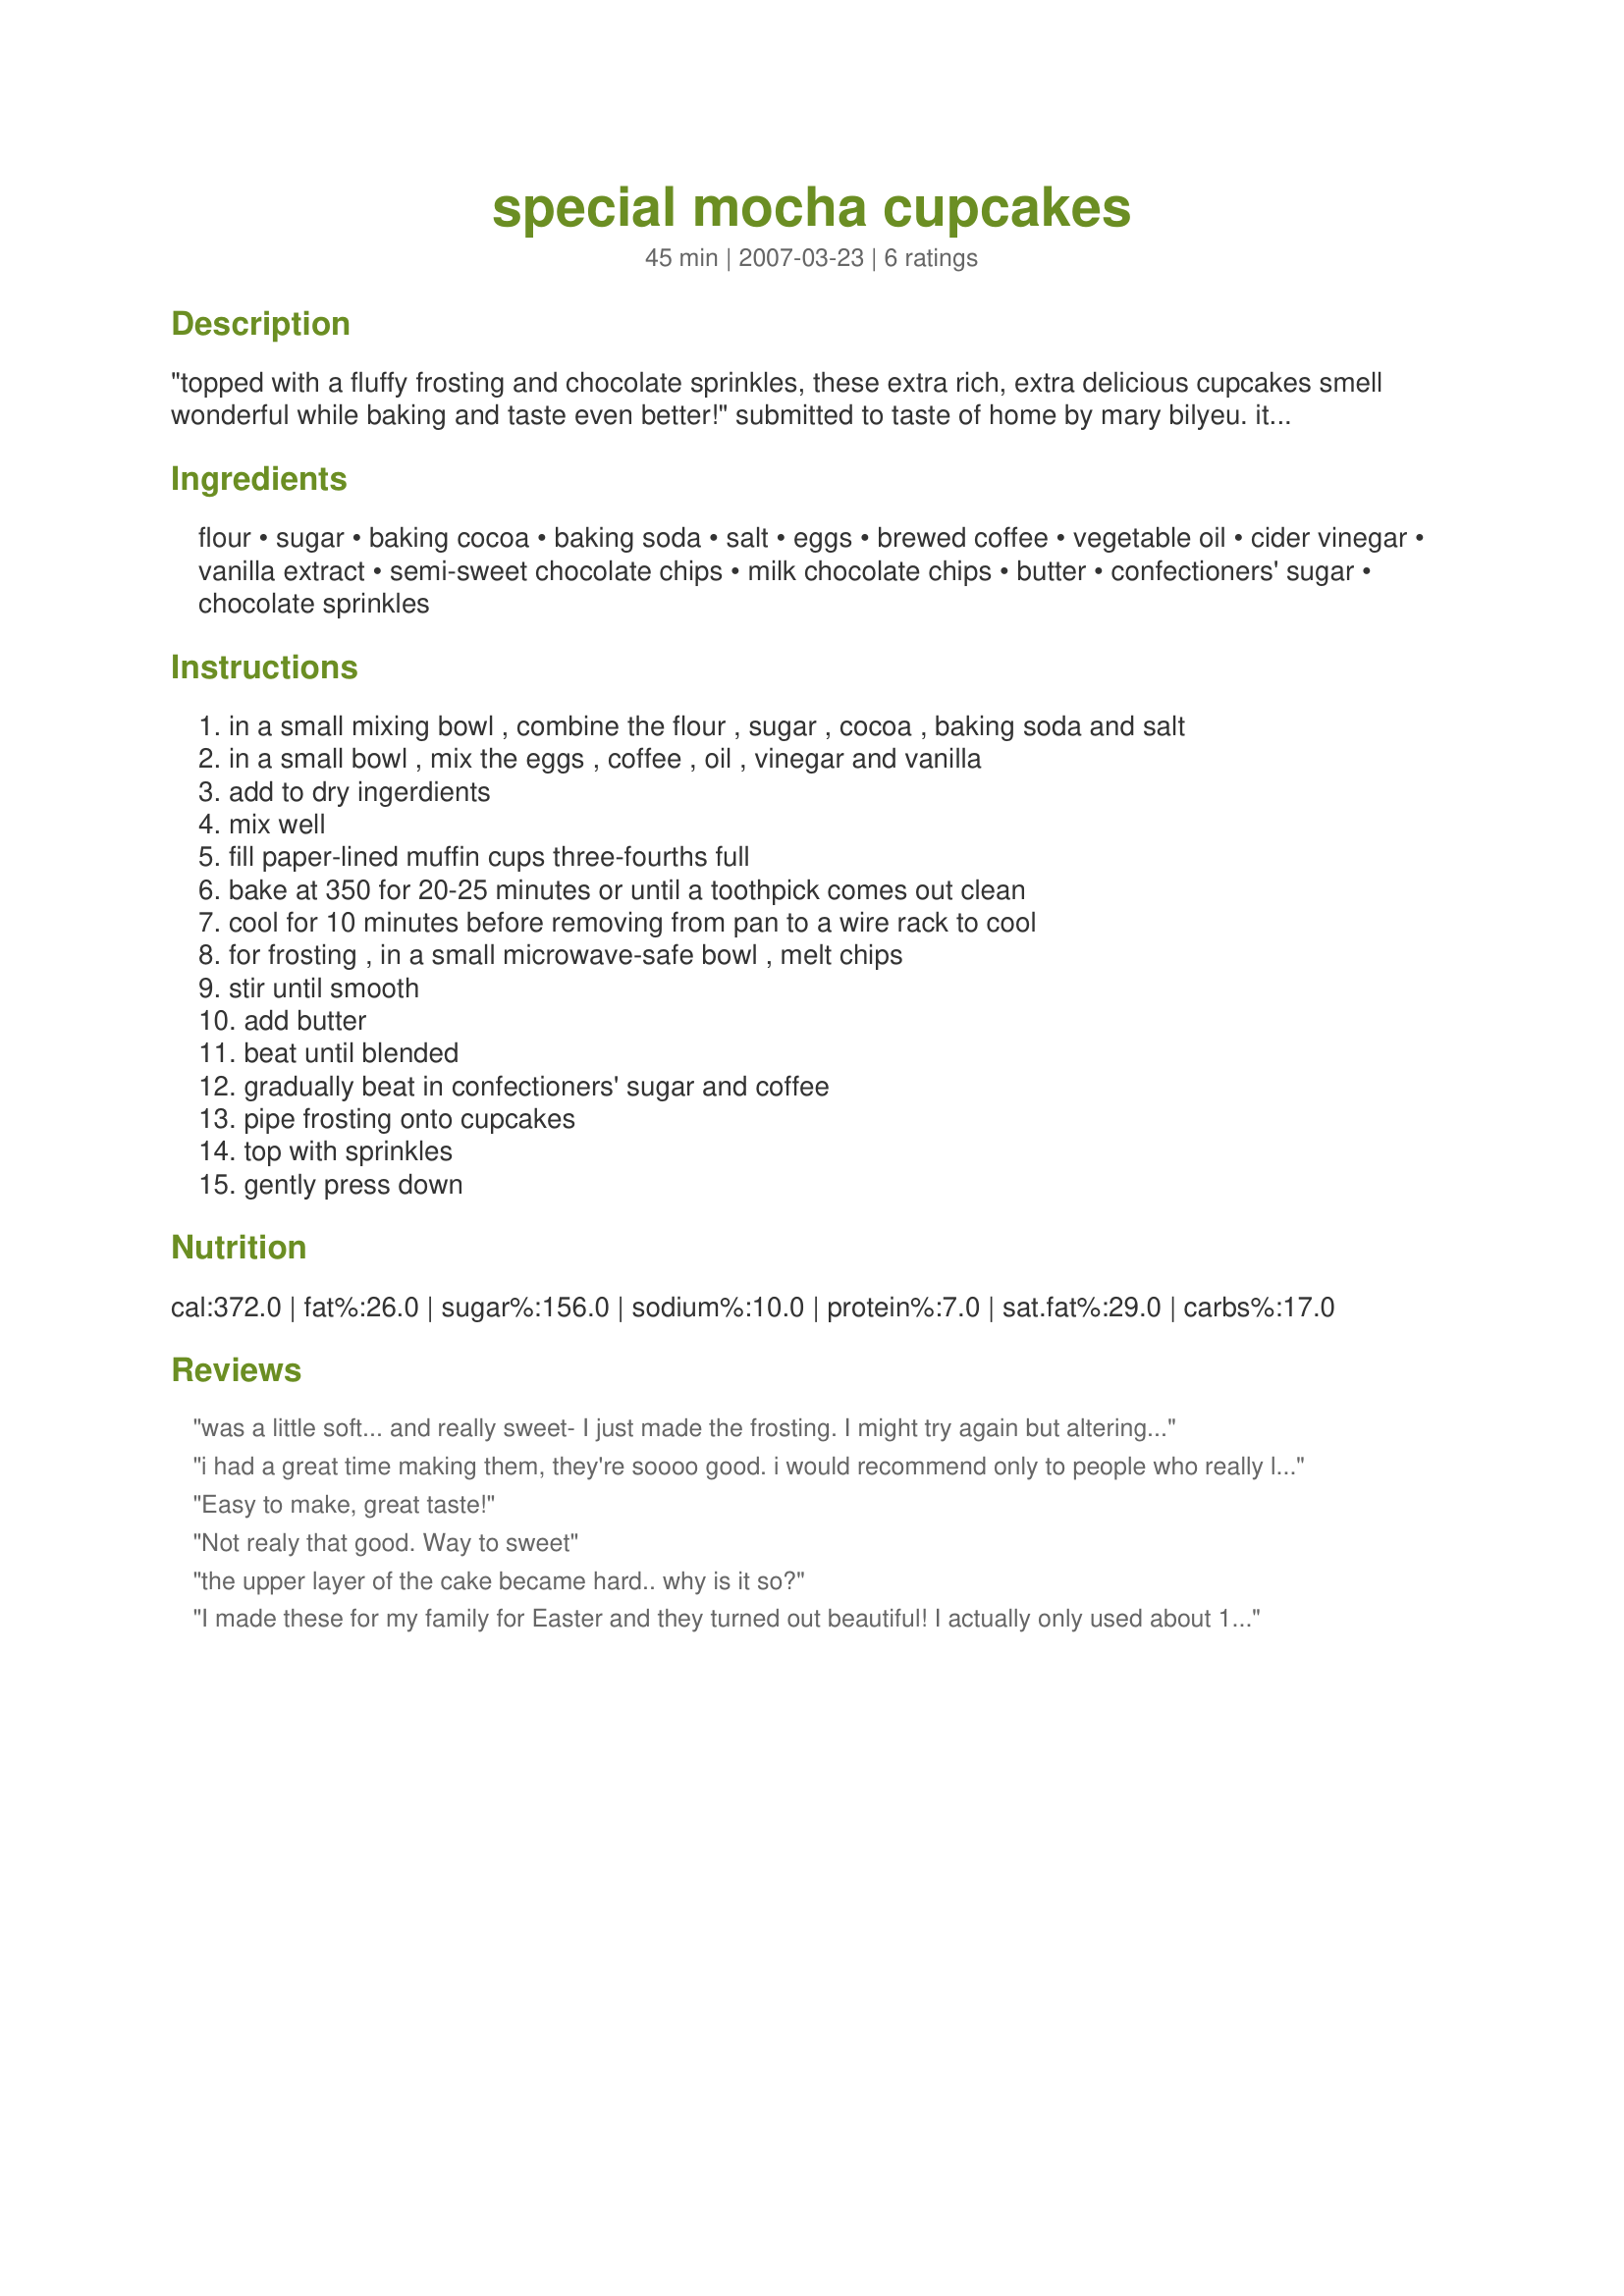
special mocha cupcakes
Preparation time: 45 minutes

"topped with a fluffy frosting and chocolate sprinkles, these extra rich, extra delicious cupcakes smell wonderful while baking and taste even better!" submitted to taste of home by mary bilyeu. it won first place in a cupcake contest!

Ingredients:
flour, sugar, baking cocoa, baking soda, salt, eggs, brewed coffee, vegetable oil, cider vinegar, vanilla extract, semi-sweet chocolate chips, milk chocolate chips, butter, confectioners' sugar, chocolate sprinkles

Steps:
in a small mixing bowl , combine the flour , sugar , cocoa , baking soda and salt
in a small bowl , mix the eggs , coffee , oil , vinegar and vanilla
add to dry ingerdients
mix well
fill paper-lined muffin cups three-fourths full
bake at 350 for 20-25 minutes or until a toothpick comes out clean
cool for 10 minutes before removing from pan to a wire rack to cool
for frosting , in a small microwave-safe bowl , melt chips
stir until smooth
add butter
beat until blended
gradually beat in confectioners' sugar and coffee
pipe frosting onto cupcakes
top with sprinkles
gently press down

Reviews:
was a little soft... and really sweet- I just made the frosting. I might try again but altering the recipe
i had a great time making them, they're soooo good. i would recommend only to people who really like coffee though
Easy to make, great taste!
Not realy that good. Way to sweet
the upper layer of the cake became hard.. why is it so?
I made these for my family for Easter and they turned out beautiful! I actually only used about 1 1/2 teaspoons vanilla extract because I ran out of it, but it still tasted great. The cake part was not too rich, but the frosting was very rich and delicious. It had a very mild coffee flavor. Thanks Courtly!
